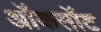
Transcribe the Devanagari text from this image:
ऑकसॉट